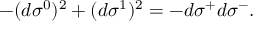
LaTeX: - ( d \sigma ^ { 0 } ) ^ { 2 } + ( d \sigma ^ { 1 } ) ^ { 2 } = - d \sigma ^ { + } d \sigma ^ { - } .